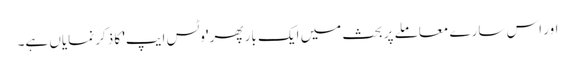
اور اس سارے معاملے پر بحث میں ایک بار پھر 'وٹس ایپ' کا ذکر نمایاں ہے۔